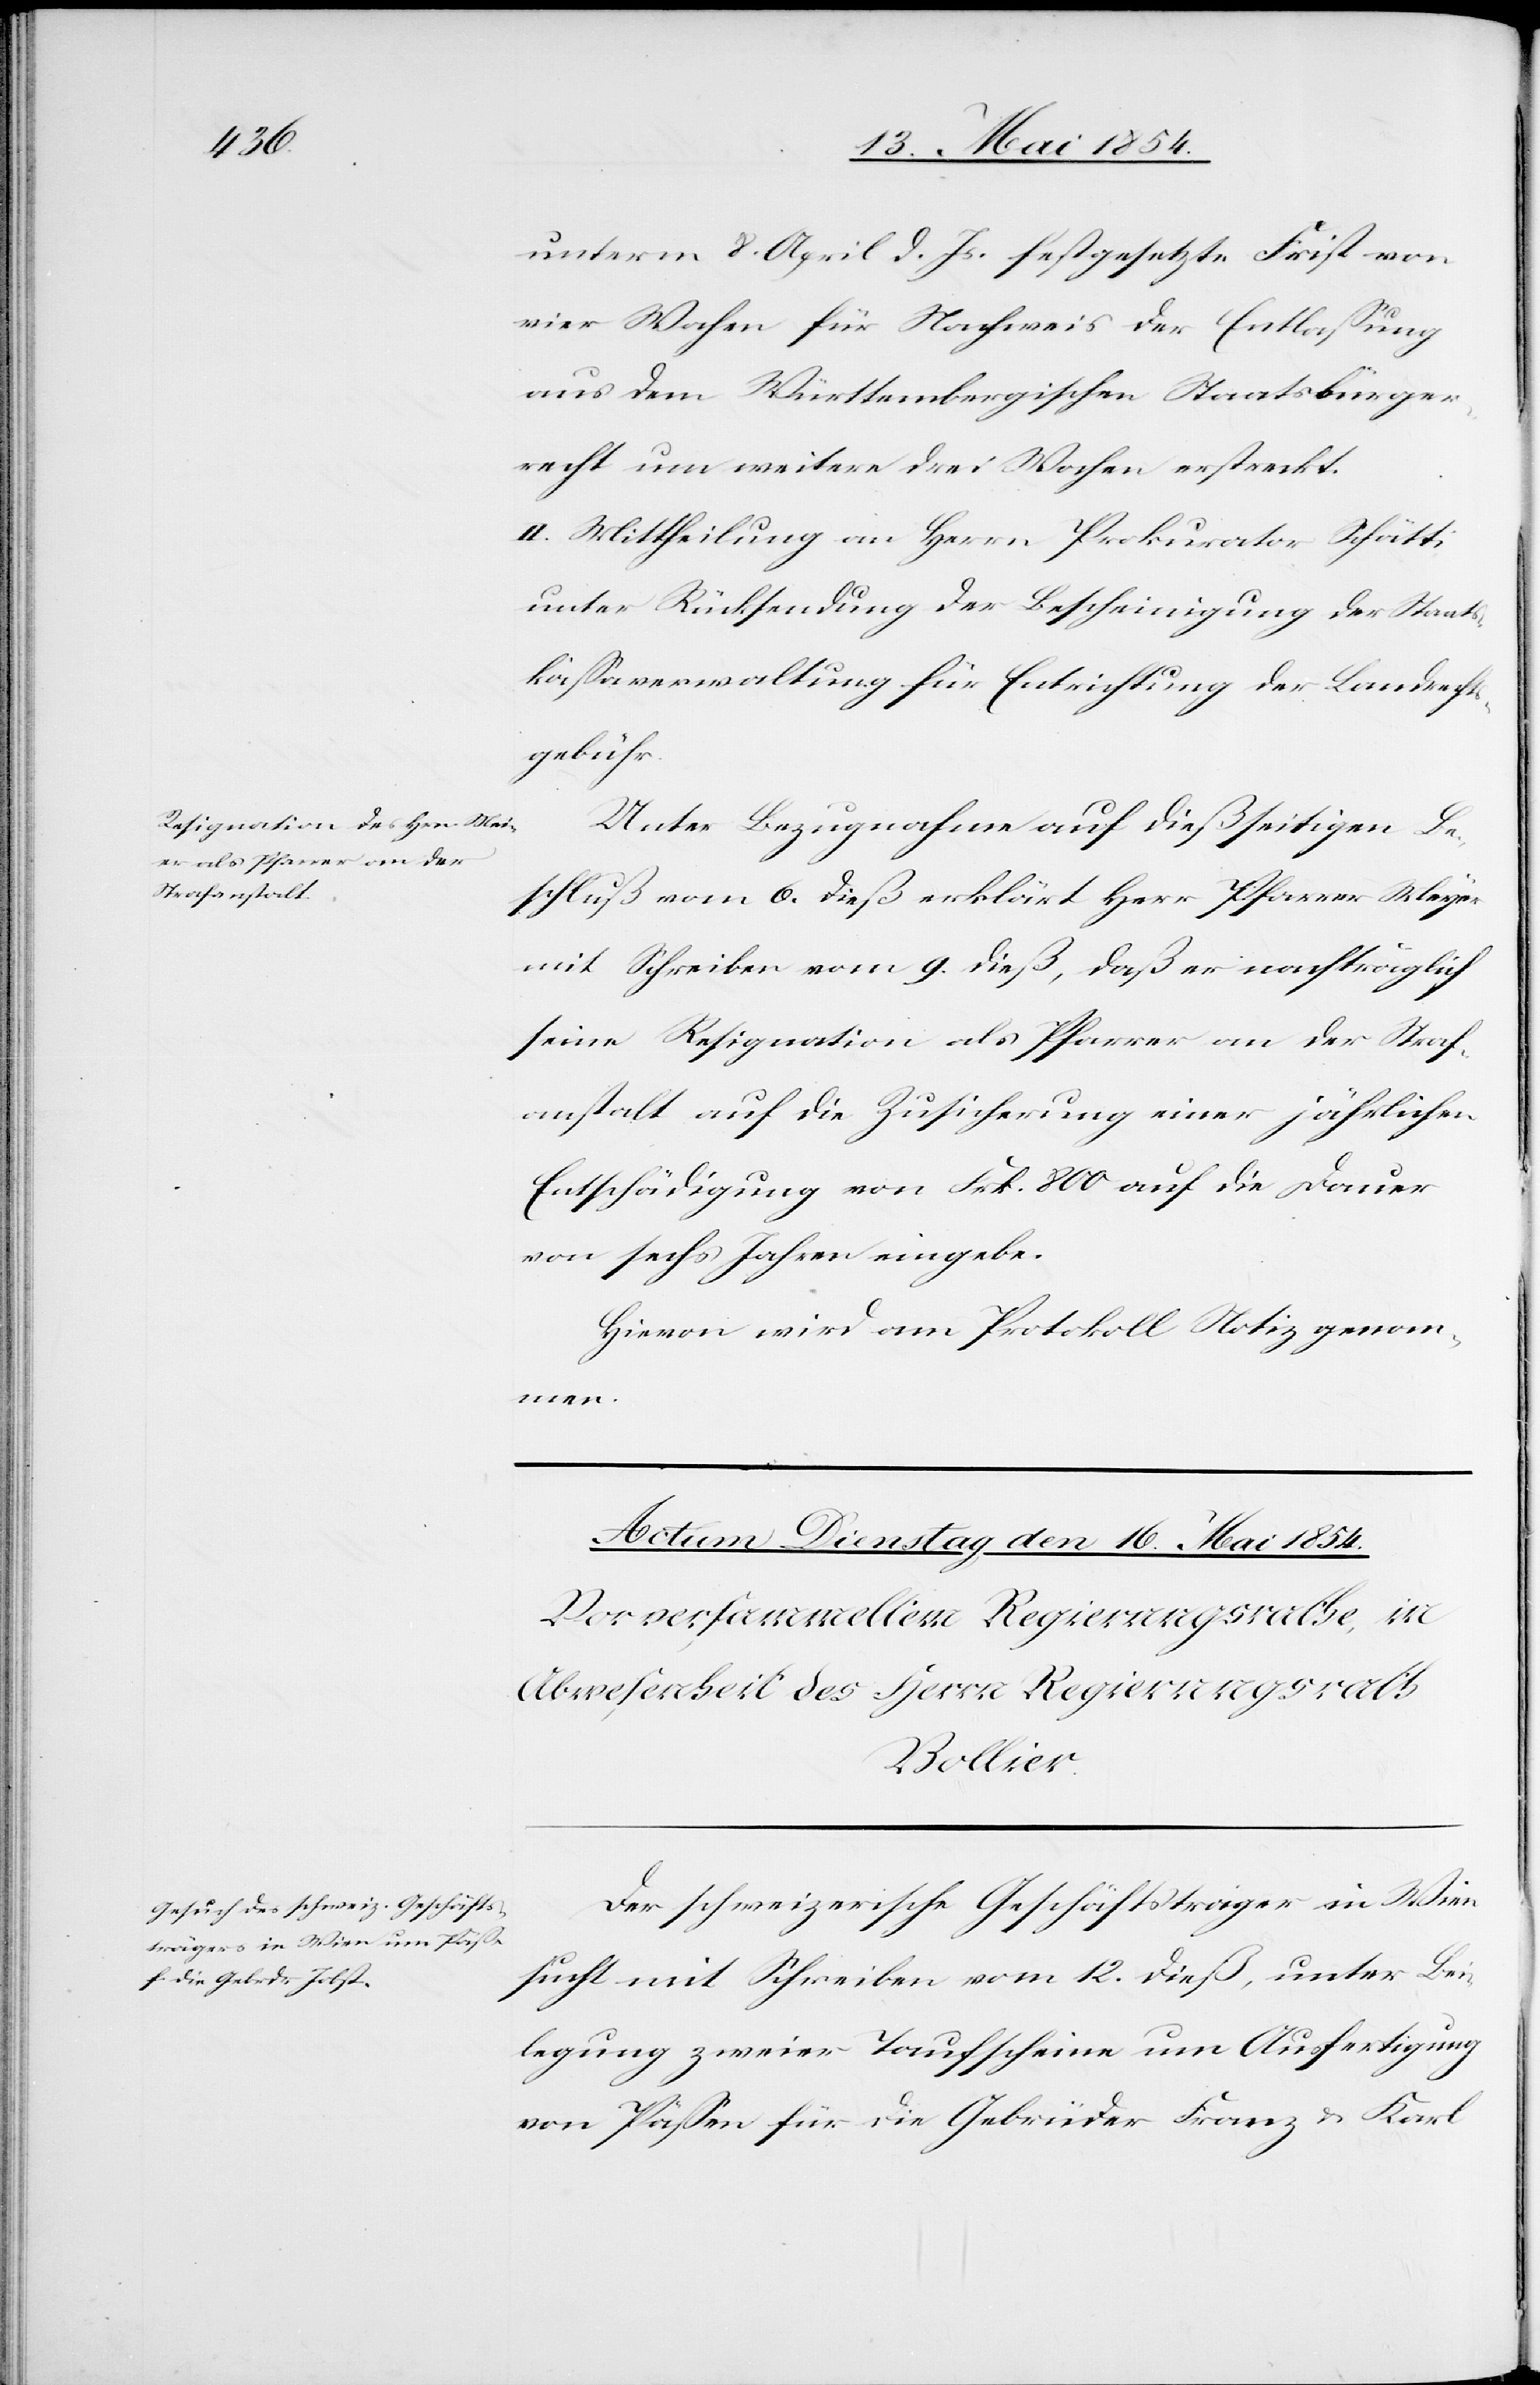
unterm 8. April d. Js. festgesetzte Frist von
vier Wochen für Nachweis der Entlaßung
aus dem Württembergischen Staatsbürger¬
recht um weitere drei Wochen erstreckt.
II. Mittheilung an Herrn Prokurator Schätti
unter Rücksendung der Bescheinigung der Staats¬
kaßaverwaltung für Entrichtung der Landrechts¬
gebühr.
Unter Bezugnahme auf dießseitigen Be¬
schluß vom 6. dieß erklärt Herr Pfarrer Meyer
mit Schreiben vom 9. dieß, daß er nachträglich
seine Resignation als Pfarrer an der Straf¬
anstalt auf die Zusicherung einer jährlichen
Entschädigung von Frk. 800 auf die Dauer
von sechs Jahren eingebe.
Hievon wird am Protokoll Notiz genomm¬
en.
Der schweizerische Geschäftsträger in Wien
sucht mit Schreiben vom 12. dieß, unter Bei¬
legung zweier Taufscheine um Ausfertigung
von Päßen für die Gebrüder Franz u. Karl